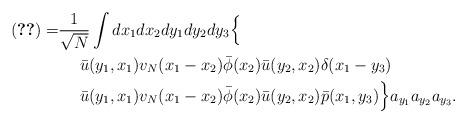
LaTeX: \begin{align*}\eqref{0-3term2}=&\frac{1}{\sqrt{N}}\int dx_1dx_2 dy_1 dy_2 dy_3 \Big\{ \\&\quad\ \bar u(y_1, x_1)v_N(x_1-x_2)\bar\phi(x_2)\bar u(y_2, x_2) \delta(x_1-y_3) \\&\quad\ \bar u(y_1, x_1)v_N(x_1-x_2)\bar\phi(x_2)\bar u(y_2, x_2) \bar p(x_1, y_3) \Big\}a_{y_1}a_{y_2} a_{y_3}.\end{align*}